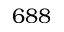
6 8 8